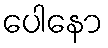
ပေါနော